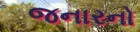
જનારનો